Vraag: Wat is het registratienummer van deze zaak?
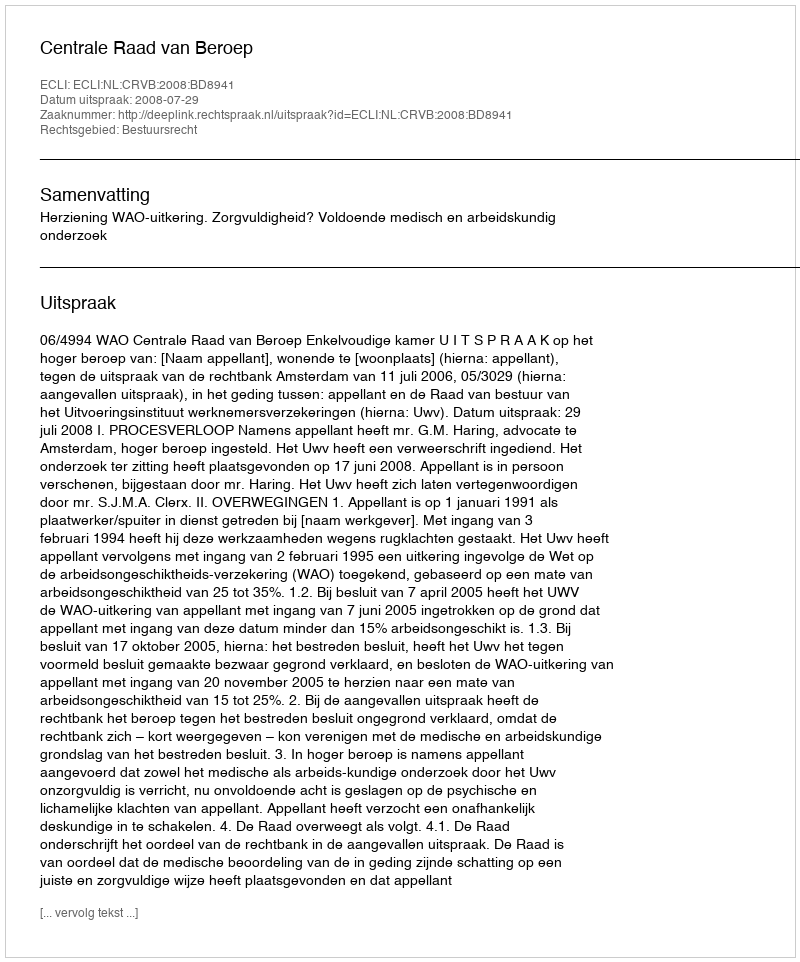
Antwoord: http://deeplink.rechtspraak.nl/uitspraak?id=ECLI:NL:CRVB:2008:BD8941